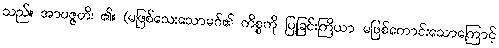
သည်။ အာပဇ္ဇတိ၊ ၏။ (မဖြစ်သေးသောမဂ်၏ ကိစ္စကို ပြုခြင်းကြိယာ မဖြစ်ကောင်းသောကြောင့်